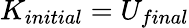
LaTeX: K_{initial}=U_{final}